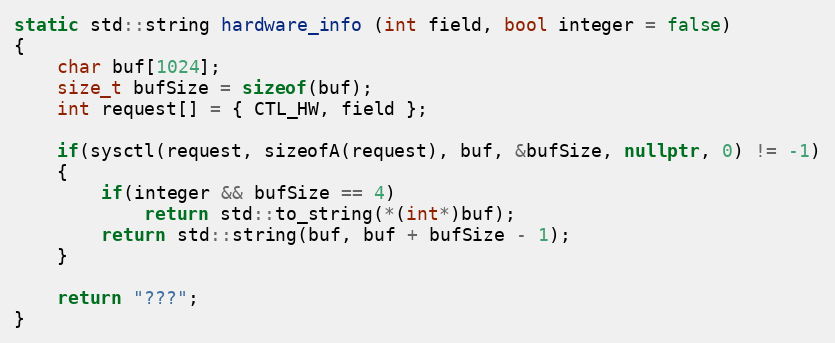
Language: C++
static std::string hardware_info (int field, bool integer = false)
{
	char buf[1024];
	size_t bufSize = sizeof(buf);
	int request[] = { CTL_HW, field };

	if(sysctl(request, sizeofA(request), buf, &bufSize, nullptr, 0) != -1)
	{
		if(integer && bufSize == 4)
			return std::to_string(*(int*)buf);
		return std::string(buf, buf + bufSize - 1);
	}

	return "???";
}